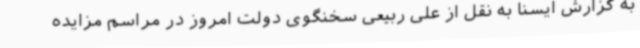
به گزارش ایسنا به نقل از علی ربیعی سخنگوی دولت امروز در مراسم مزایده